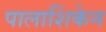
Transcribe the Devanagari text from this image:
पालाशिंकेन